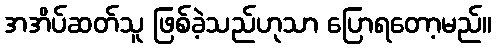
အအိပ်ဆတ်သူ ဖြစ်ခဲ့သည်ဟုသာ ပြောရတော့မည်။